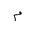
Letter: _mim